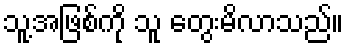
သူ့အဖြစ်ကို သူ တွေးမိလာသည်။